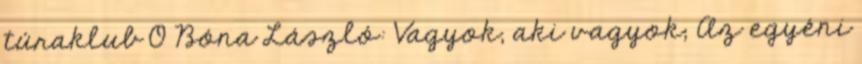
túraklub 0 Bóna László: Vagyok, aki vagyok; Az egyéni